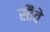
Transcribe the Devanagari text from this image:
सौंवे